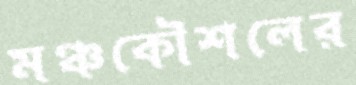
মঞ্চকৌশলের